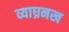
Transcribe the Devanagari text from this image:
व्याघ्रनख